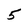
Character: 5